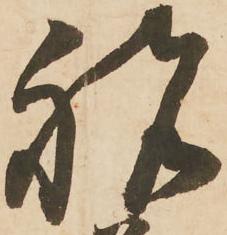
祝